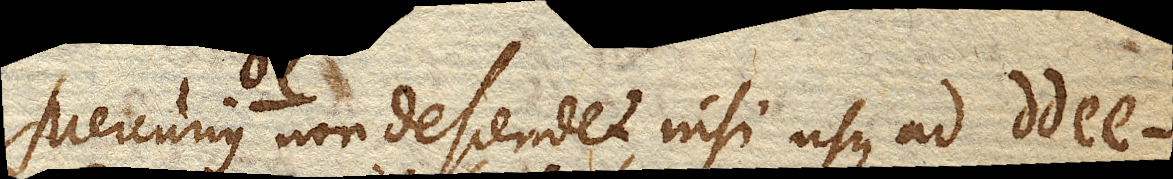
Mercurius non descendet, nisi usque ad dd ee.